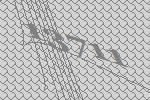
13711